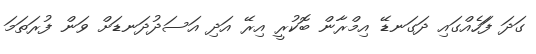
ގަދަ ފަަހެއްގައި ދަގަނޑޭ އިމްރާން ބޮކުރީ އިރޭ އަދި އަސަދުދަނޑަށް ވަން ފުރަތަމަ